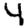
Digit: 4